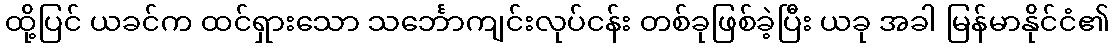
ထို့ပြင် ယခင်က ထင်ရှားသော သင်္ဘောကျင်းလုပ်ငန်း တစ်ခုဖြစ်ခဲ့ပြီး ယခု အခါ မြန်မာနိုင်ငံ၏